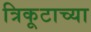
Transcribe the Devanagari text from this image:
त्रिकूटाच्या